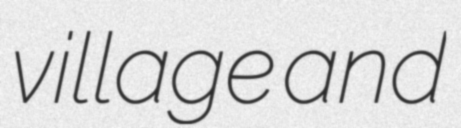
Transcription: village and